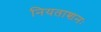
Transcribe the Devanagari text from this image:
नियताशनः